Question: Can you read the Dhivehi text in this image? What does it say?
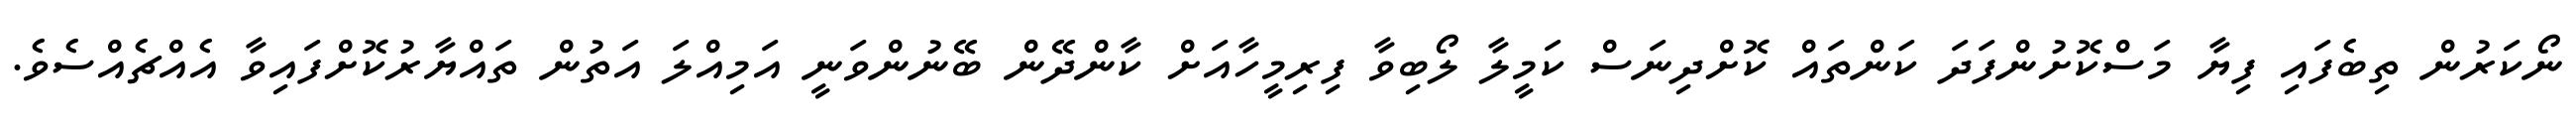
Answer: ނޯކަރުން ތިބެފައި ފިޔާ މަސްކޮށުންފަދަ ކަންތައް ކޮށްދިނަސް ކަމީލާ ލޯބިވާ ފިރިމީހާއަށް ކާންދޭން ބޭނުންވަނީ އަމިއްލަ އަތުން ތައްޔާރުކޮށްފައިވާ އެއްޗެއްސެވެ.